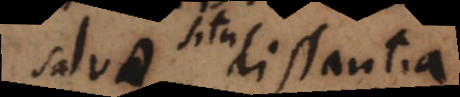
salva distantia